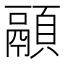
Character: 𱂚